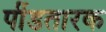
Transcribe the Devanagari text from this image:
पींडतारक